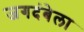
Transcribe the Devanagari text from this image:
जगदंबेला